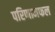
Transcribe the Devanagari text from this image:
परिणामफल